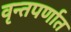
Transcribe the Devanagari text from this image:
वृन्तपर्णात